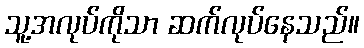
သူ့အလုပ်ကိုသာ ဆက်လုပ်နေသည်။